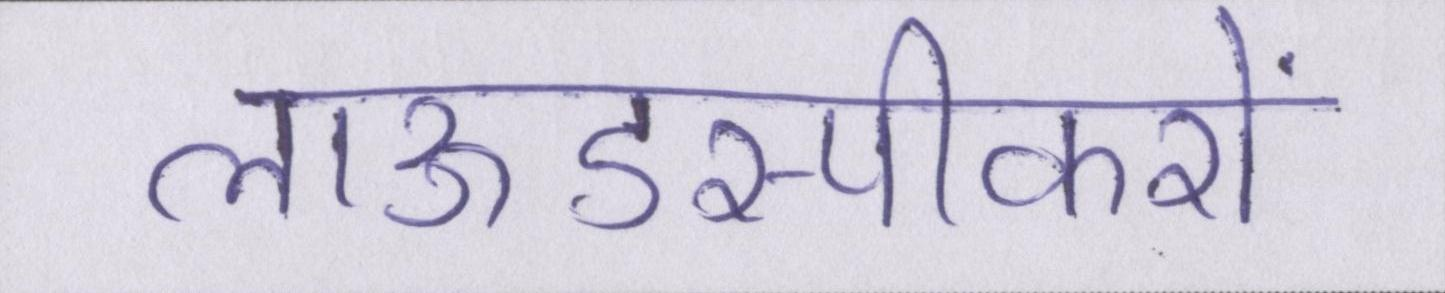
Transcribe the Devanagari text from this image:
लाऊडस्पीकरों